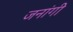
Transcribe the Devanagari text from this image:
जनांगी